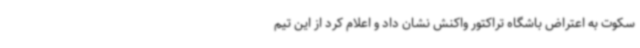
سکوت به اعتراض باشگاه تراکتور واکنش نشان داد و اعلام کرد از این تیم